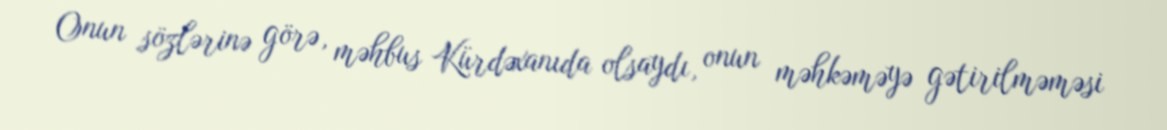
Onun sözlərinə görə, məhbus Kürdəxanıda olsaydı, onun məhkəməyə gətirilməməsi